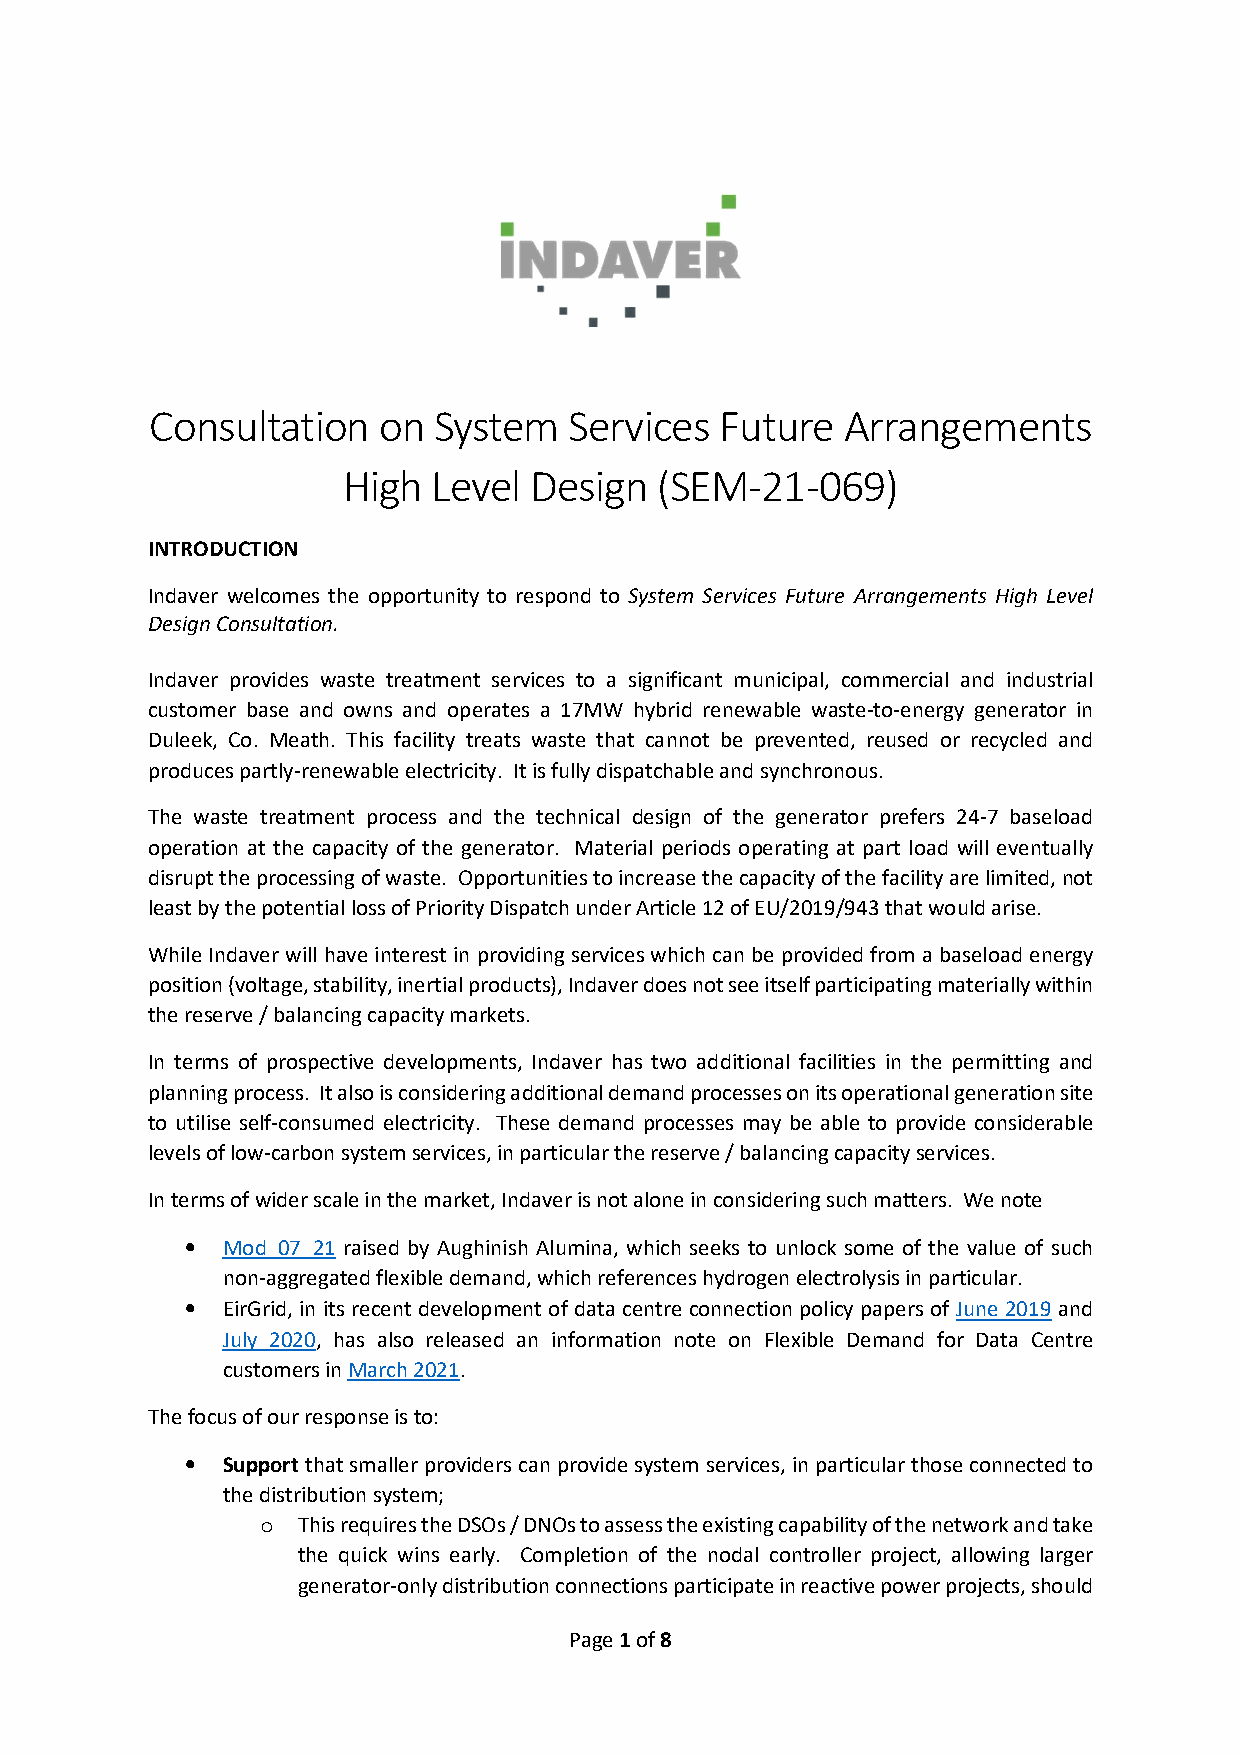
Consultation   on  System   Services  Future  Arrangements
 High  Level Design  (SEM-21-069)
 INTRODUCTION
 Indaver welcomes the opportunity to respond to System Services Future Arrangements High Level
 Design Consultation.
 Indaver provides waste treatment services to a significant municipal, commercial and industrial
 customer base and owns and operates a 17MW hybrid renewable waste-to-energy generator in
 Duleek, Co. Meath. This facility treats waste that cannot be prevented, reused or recycled and
 produces partly-renewable electricity. It is fully dispatchable and synchronous.
 The waste treatment process and the technical design of the generator prefers 24-7 baseload
 operation at the capacity of the generator. Material periods operating at part load will eventually
 disrupt the processing of waste. Opportunities to increase the capacity of the facility are limited, not
 least by the potential loss of Priority Dispatch under Article 12 of EU/2019/943 that would arise.
 While Indaver will have interest in providing services which can be provided from a baseload energy
 position (voltage, stability, inertial products), Indaver does not see itself participating materially within
 the reserve / balancing capacity markets.
 In terms of prospective developments, Indaver has two additional facilities in the permitting and
 planning process. It also is considering additional demand processes on its operational generation site
 to utilise self-consumed electricity. These demand processes may be able to provide considerable
 levels of low-carbon system services, in particular the reserve / balancing capacity services.
 In terms of wider scale in the market, Indaver is not alone in considering such matters. We note
 •  Mod_07_21 raised by Aughinish Alumina, which seeks to unlock some of the value of such
 non-aggregated flexible demand, which references hydrogen electrolysis in particular.
 •  EirGrid, in its recent development of data centre connection policy papers of June 2019 and
 July 2020, has also released an information note on Flexible Demand for Data Centre
 customers in March 2021.
 The focus of our response is to:
 •  Support that smaller providers can provide system services, in particular those connected to
 the distribution system;
 o  This requires the DSOs / DNOs to assess the existing capability of the network and take
 the quick wins early. Completion of the nodal controller project, allowing larger
 generator-only distribution connections participate in reactive power projects, should
 Page 1 of 8